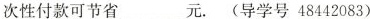
次性付款可节省___元。(导学号48442083)